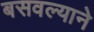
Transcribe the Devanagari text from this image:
बसवल्याने